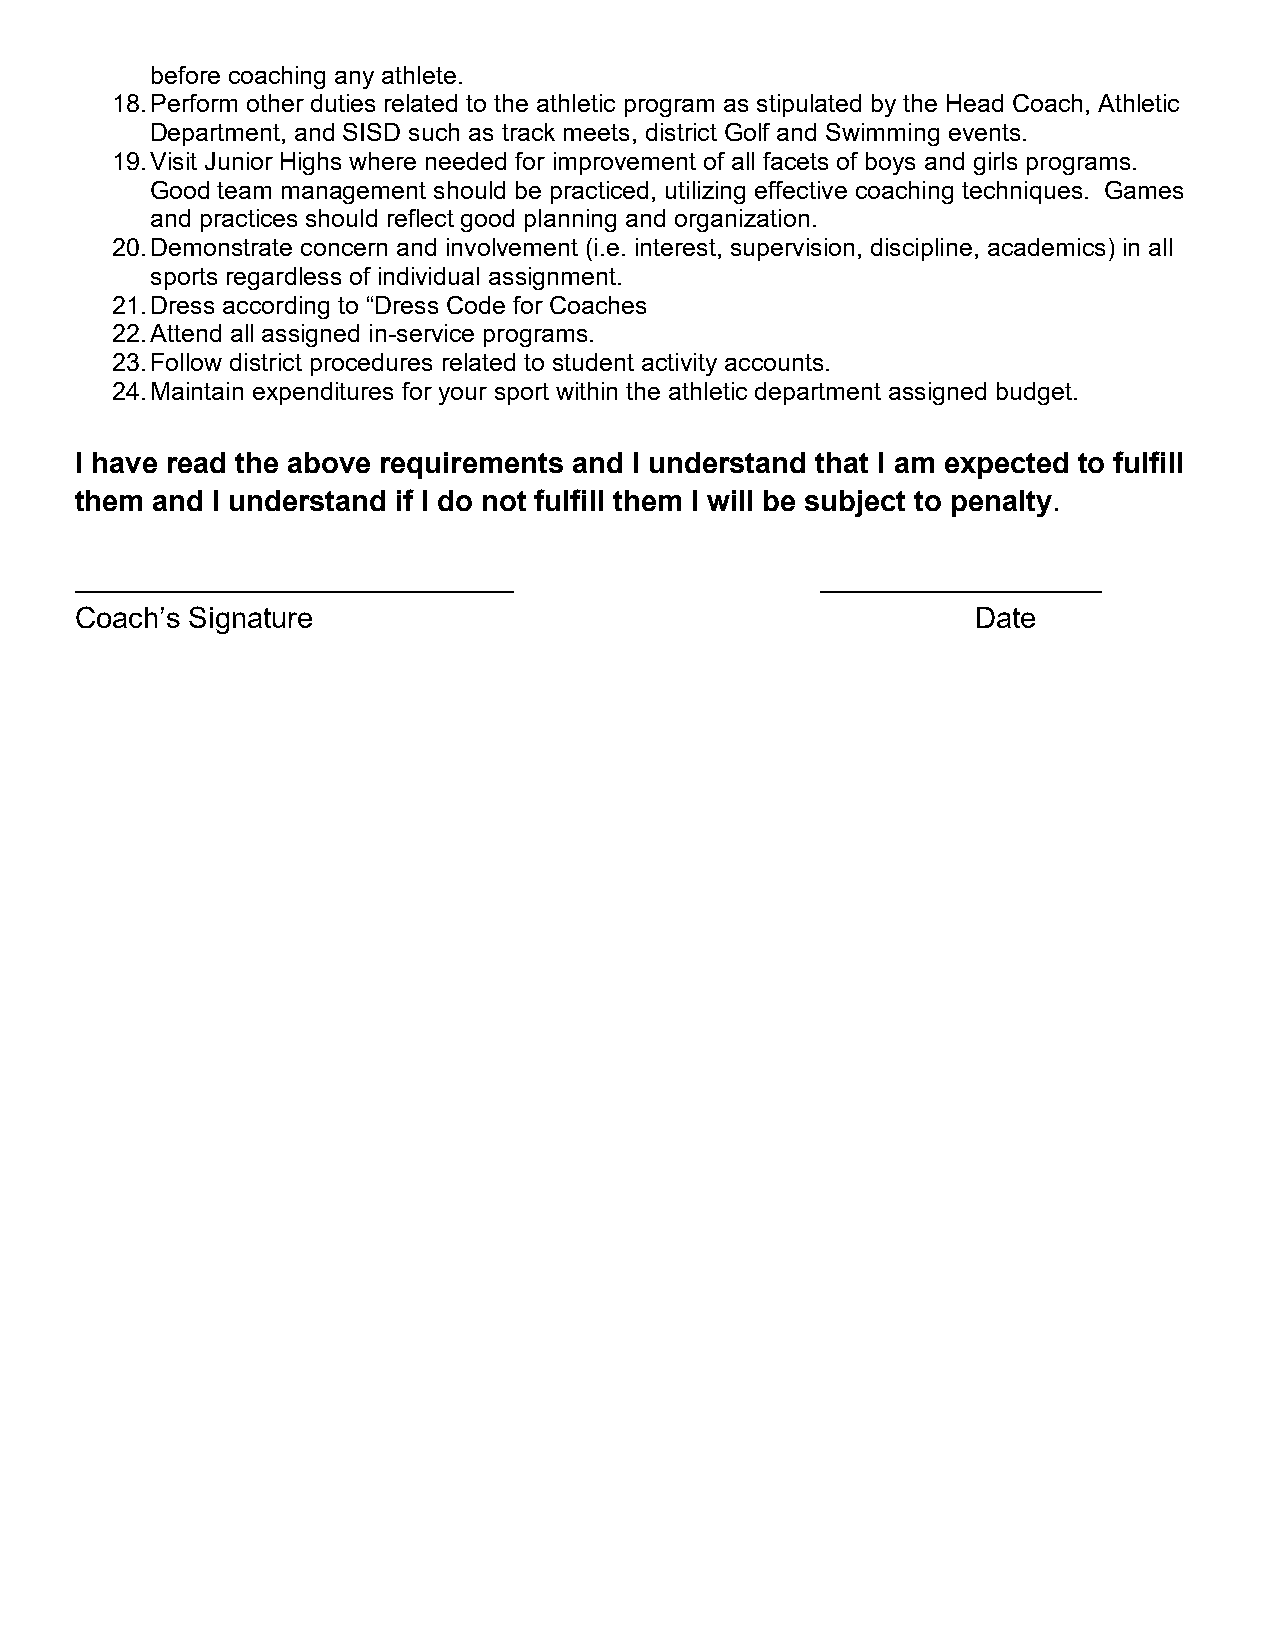
before coaching any athlete.
 18. Perform other duties related to the athletic program as stipulated by the Head Coach, Athletic
 Department, and SISD such as track meets, district Golf and Swimming events.
 19. Visit Junior Highs where needed for improvement of all facets of boys and girls programs.
 Good team management should be practiced, utilizing effective coaching techniques. Games
 and practices should reflect good planning and organization.
 20. Demonstrate concern and involvement (i.e. interest, supervision, discipline, academics) in all
 sports regardless of individual assignment.
 21. Dress according to “Dress Code for Coaches
 22. Attend all assigned in-service programs.
 23. Follow district procedures related to student activity accounts.
 24. Maintain expenditures for your sport within the athletic department assigned budget.
 I have read the above requirements and I understand that I am expected to fulfill
 them and I understand if I do not fulfill them I will be subject to penalty.
 ____________________________                     __________________
 Coach’s Signature                                           Date